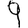
Digit: 9